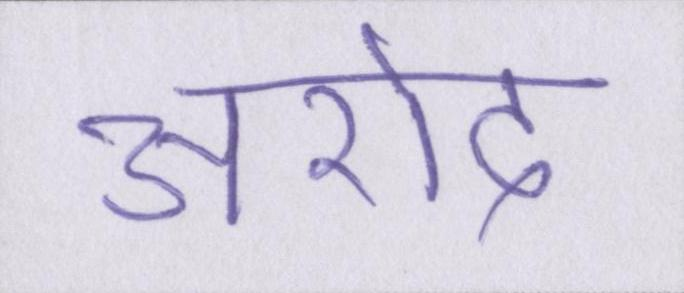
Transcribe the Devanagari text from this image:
अरोद